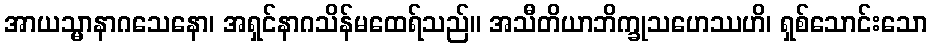
အာယသ္မာနာဂသေနော၊ အရှင်နာဂသိန်မထေရ်သည်။ အသီတိယာဘိက္ခုသဟေဿဟိ၊ ရှစ်သောင်းသော